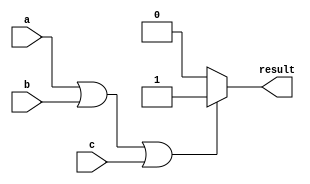
module if_else_statement (
    input a,
    input b,
    input c,
    output reg result
);

always @(*) begin
    if (a || b || c) begin
        result = 1;
    end
    else begin
        result = 0;
    end
end

endmodule